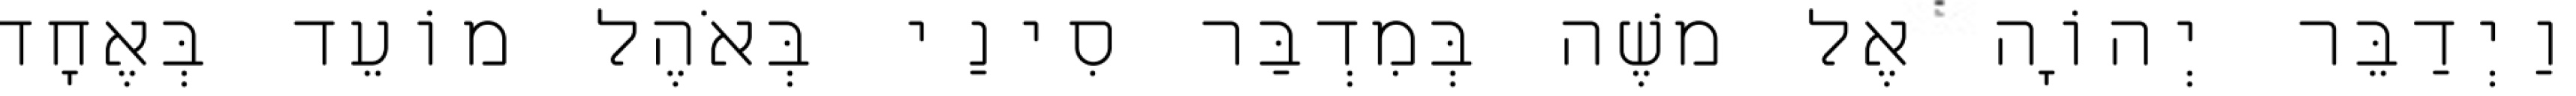
וַיְדַבֵּר יְהוָֹה אֶל משֶׁה בְּמִדְבַּר סִינַי בְּאֹהֶל מוֹעֵד בְּאֶחָד